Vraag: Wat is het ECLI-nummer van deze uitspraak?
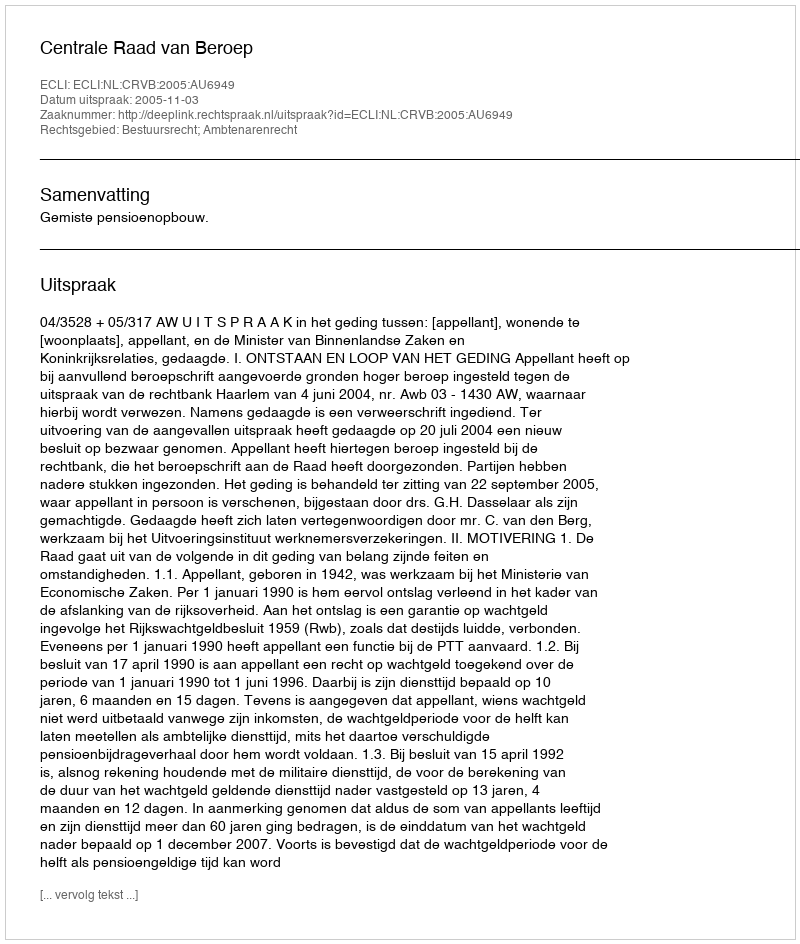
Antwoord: ECLI:NL:CRVB:2005:AU6949